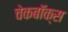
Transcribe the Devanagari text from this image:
चेकबॉक्स